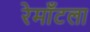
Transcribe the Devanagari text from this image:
रेमाँटला